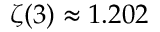
\zeta ( 3 ) \approx 1 . 2 0 2